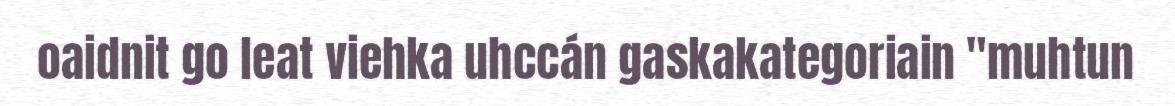
oaidnit go leat viehka uhccán gaskakategoriain "muhtun